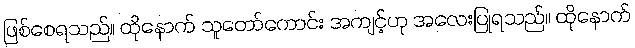
ဖြစ်စေရသည်။ ထိုနောက် သူတော်ကောင်း အကျင့်ဟု အလေးပြုရသည်။ ထိုနောက်